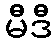
မီဒီ